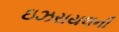
ઇઝરાયલની